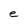
Character: t